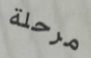
مرحلة